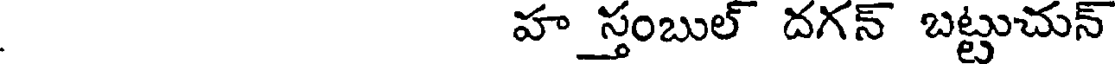
హ_స్తంబుల్ దగన్ బట్టుచున్